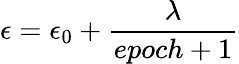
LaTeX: \epsilon=\epsilon_{0}+\frac{\lambda}{epoch+1}